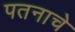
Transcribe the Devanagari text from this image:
पतनाचे